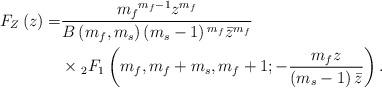
LaTeX: \begin{align*}{F_Z}\left( z \right) =& \frac{{{m_f}^{{m_f} - 1}{z^{{m_f}}}}}{{B\left( {{m_f},{m_s}} \right)\left( {{m_s} - 1} \right){^{{m_{f}}}}{{\bar z}^{{m_f}}}}}\\&\times {}_2{F_1}\left( {{m_f},{m_f} + {m_s},{m_f} + 1; - \frac{{{m_f}z}}{{\left( {{m_s} - 1} \right)\bar z}}} \right).\end{align*}